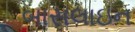
બાસલાઇન